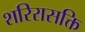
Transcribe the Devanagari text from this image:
शरिरासक्ति